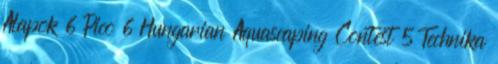
Alapok 6 Pico 6 Hungarian Aquascaping Contest 5 Technika